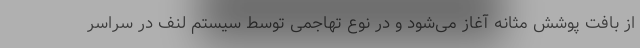
از بافت پوشش مثانه آغاز می‌شود و در نوع تهاجمی توسط سیستم لنف در سراسر